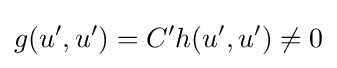
g(u',u')=C'h(u',u')\neq 0